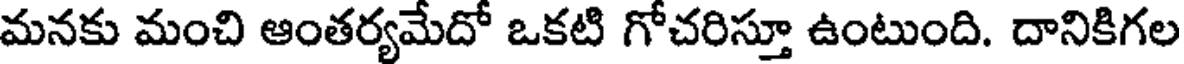
మనకు మంచి ఆంతర్యమేదో ఒకటి గోచరిస్తూ ఉంటుంది. దానికిగల